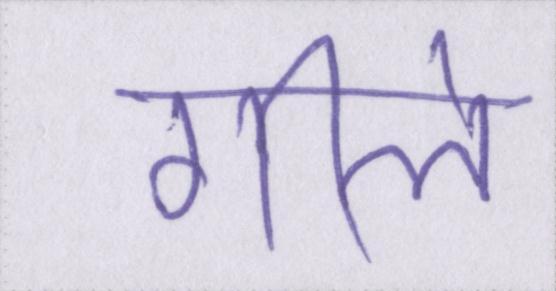
गीले